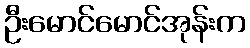
ဦးမောင်မောင်အုန်းက